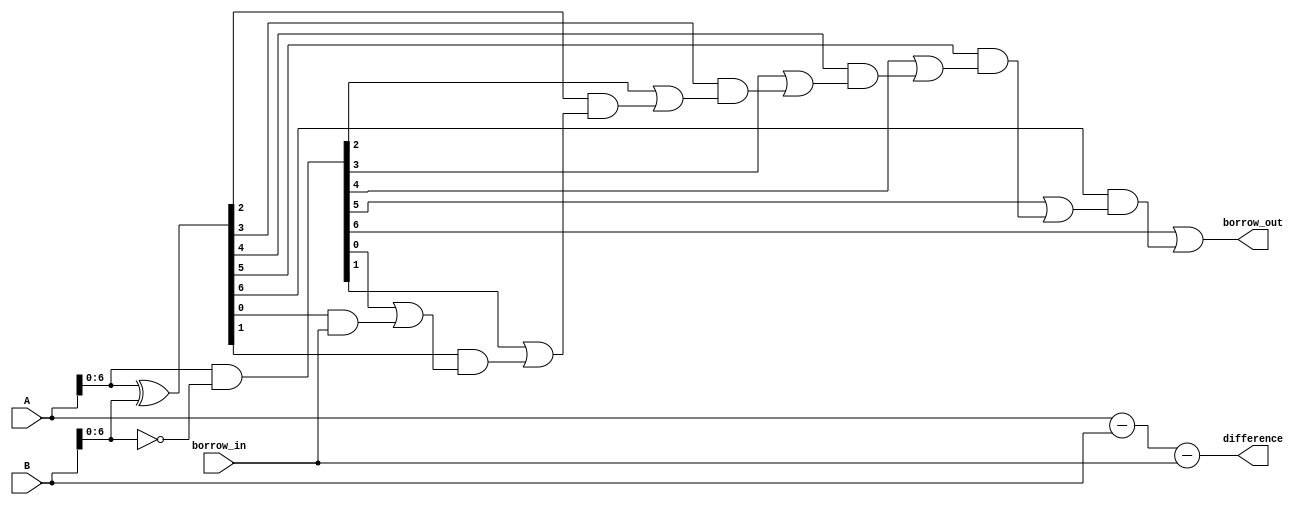
module carry_lookahead_subtractor(
    input [7:0] A, // 8-bit input A
    input [7:0] B, // 8-bit input B
    input borrow_in, // input borrow signal
    output [7:0] difference, // 8-bit output difference
    output borrow_out // output borrow signal
);

wire [7:0] g, p, c;

assign g = A & ~B; // generate signal
assign p = A ^ B; // propagate signal
assign c[0] = borrow_in; // initial carry input

genvar i;
generate
    for (i = 0; i < 7; i = i + 1) begin
        assign c[i+1] = g[i] | (p[i] & c[i]); // carry computation
    end
endgenerate

assign difference = A - B - borrow_in; // output difference
assign borrow_out = c[7]; // output borrow signal

endmodule